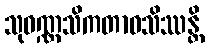
သုဝဏ္ဏသိကတာဝသိဿန္တိ